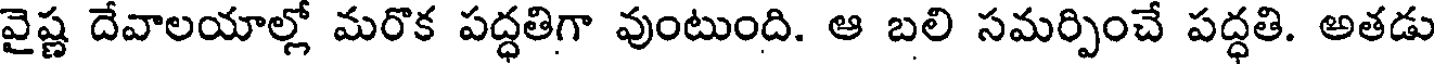
వైష్ణ దేవాలయాల్లో మరొక పద్ధతిగా వుంటుంది. ఆ బలి సమర్పించే పద్ధతి. అతడు